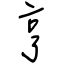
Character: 亨